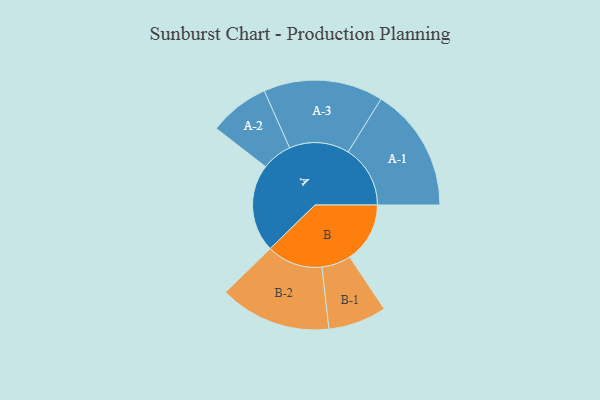
{"axis": {"x": "Segment", "y": "Value"}, "legend": ["", "A", "B"], "data": [{"x": "A", "y": 418, "type": ""}, {"x": "B", "y": 287, "type": ""}, {"x": "A-1", "y": 296, "type": "A"}, {"x": "A-2", "y": 144, "type": "A"}, {"x": "A-3", "y": 285, "type": "A"}, {"x": "B-1", "y": 139, "type": "B"}, {"x": "B-2", "y": 266, "type": "B"}]}